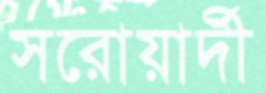
সরোয়ার্দী